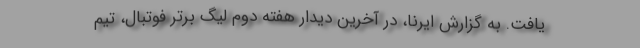
یافت. به گزارش ایرنا، در آخرین دیدار هفته دوم لیگ برتر فوتبال، تیم